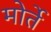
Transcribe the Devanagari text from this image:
मोर्ते